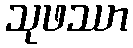
သုဖဿာ